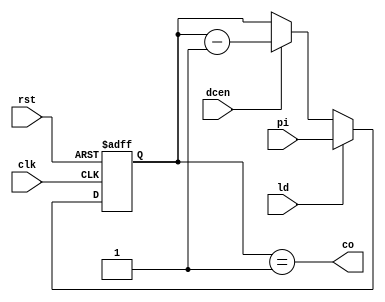
`timescale 1ns/1ns
module DownCounter(input clk, rst, dcen, ld, input [7:0] pi, output co);
	reg [7:0] po = 8'b0;
	always @(posedge clk, posedge rst) begin
		if (rst)
			po <= 8'b0;
		else if (ld)
			po <= pi;
		else begin
			if (dcen)
				po <= po - 1;
			else
				po <= po;
		end
	end

	assign co = po == 1;
endmodule